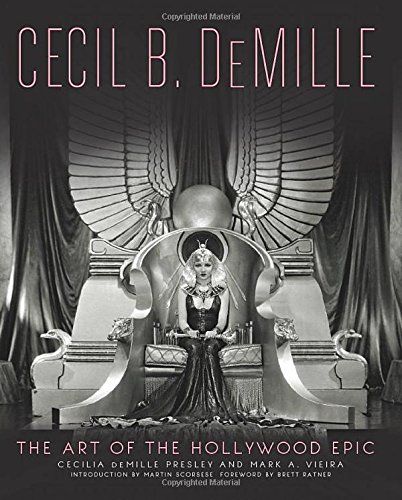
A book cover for Cecil B. DeMille: The Art of the Hollywood Epic; Cecilia de Mille Presley; Humor & Entertainment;